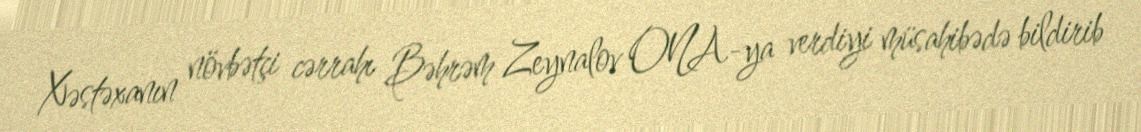
Xəstəxanın növbətçi cərrahı Bəhrəm Zeynalov ONA-ya verdiyi müsahibədə bildirib